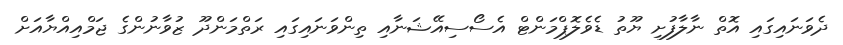
ދެވަނައިގައި އޮތް ނާލާފުށި ޔޫތު ޑެވެލޮޕްމަންޓް އެސޯސިއޭޝަނާއި ތިންވަނައިގައި ރަތްމަންދޫ ޒުވާނުންގެ ޖަމްއިއްޔާއަށް